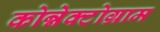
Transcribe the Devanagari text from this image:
कोन्नेक्टोग्राम